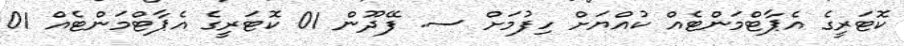
ކޮޓަރީގެ އެޕާޓްމަންޓެއް ކުއްޔަށް ހިފުމަށް ސ. ފޭދޫން 01 ކޮޓަރީގެ އެޕާޓްމަންޓެއް 01